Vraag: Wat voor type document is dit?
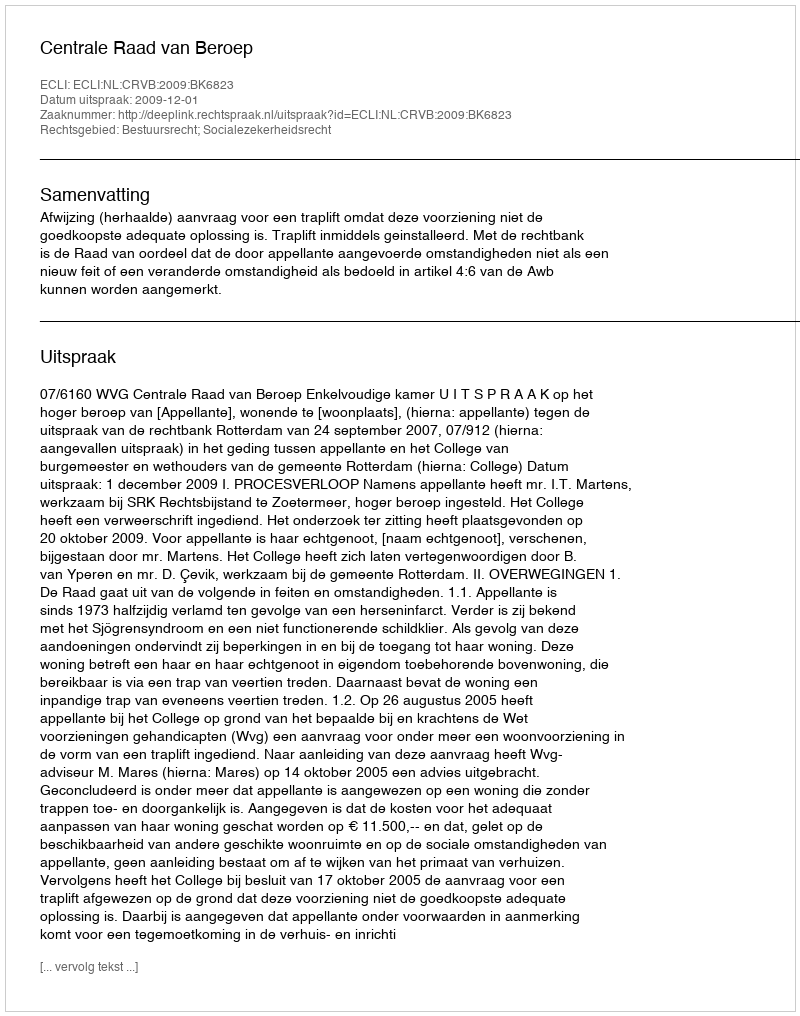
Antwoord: Uitspraak